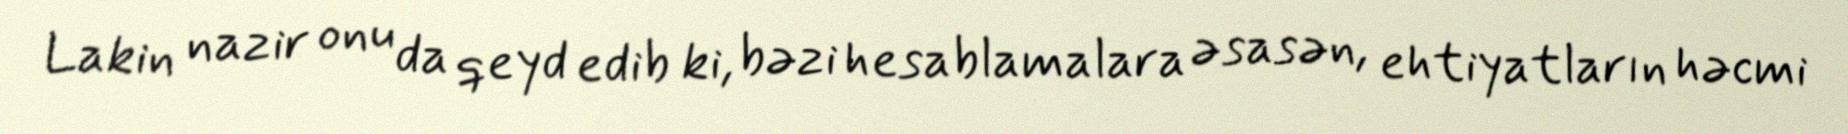
Lakin nazir onu da qeyd edib ki, bəzi hesablamalara əsasən, ehtiyatların həcmi